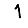
Digit: 1